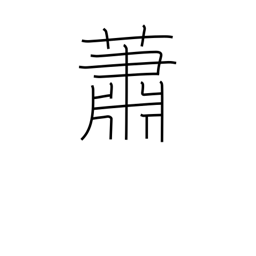
Meaning: calm